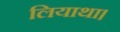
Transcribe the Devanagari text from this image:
लियाथा।